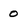
Character: 0